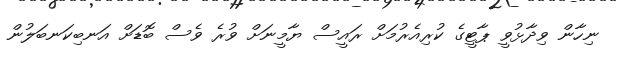
ނިހާން ވިދާޅުވީ ޕާޓީގެ ކުރިއެރުމަށް ރައީސް ޔާމީނަށް ވުރެ ވެސް ބޮޑަށް އަނބިކަނބަލުން